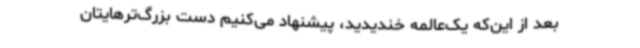
بعد از این‌که یک‌عالمه خندیدید، پیشنهاد می‌کنیم دست بزرگ‌ترهایتان